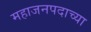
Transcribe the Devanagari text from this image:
महाजनपदाच्या